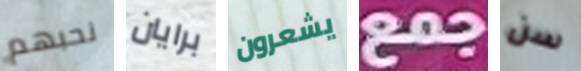
نحبهم برايان يشعرون جمع سن